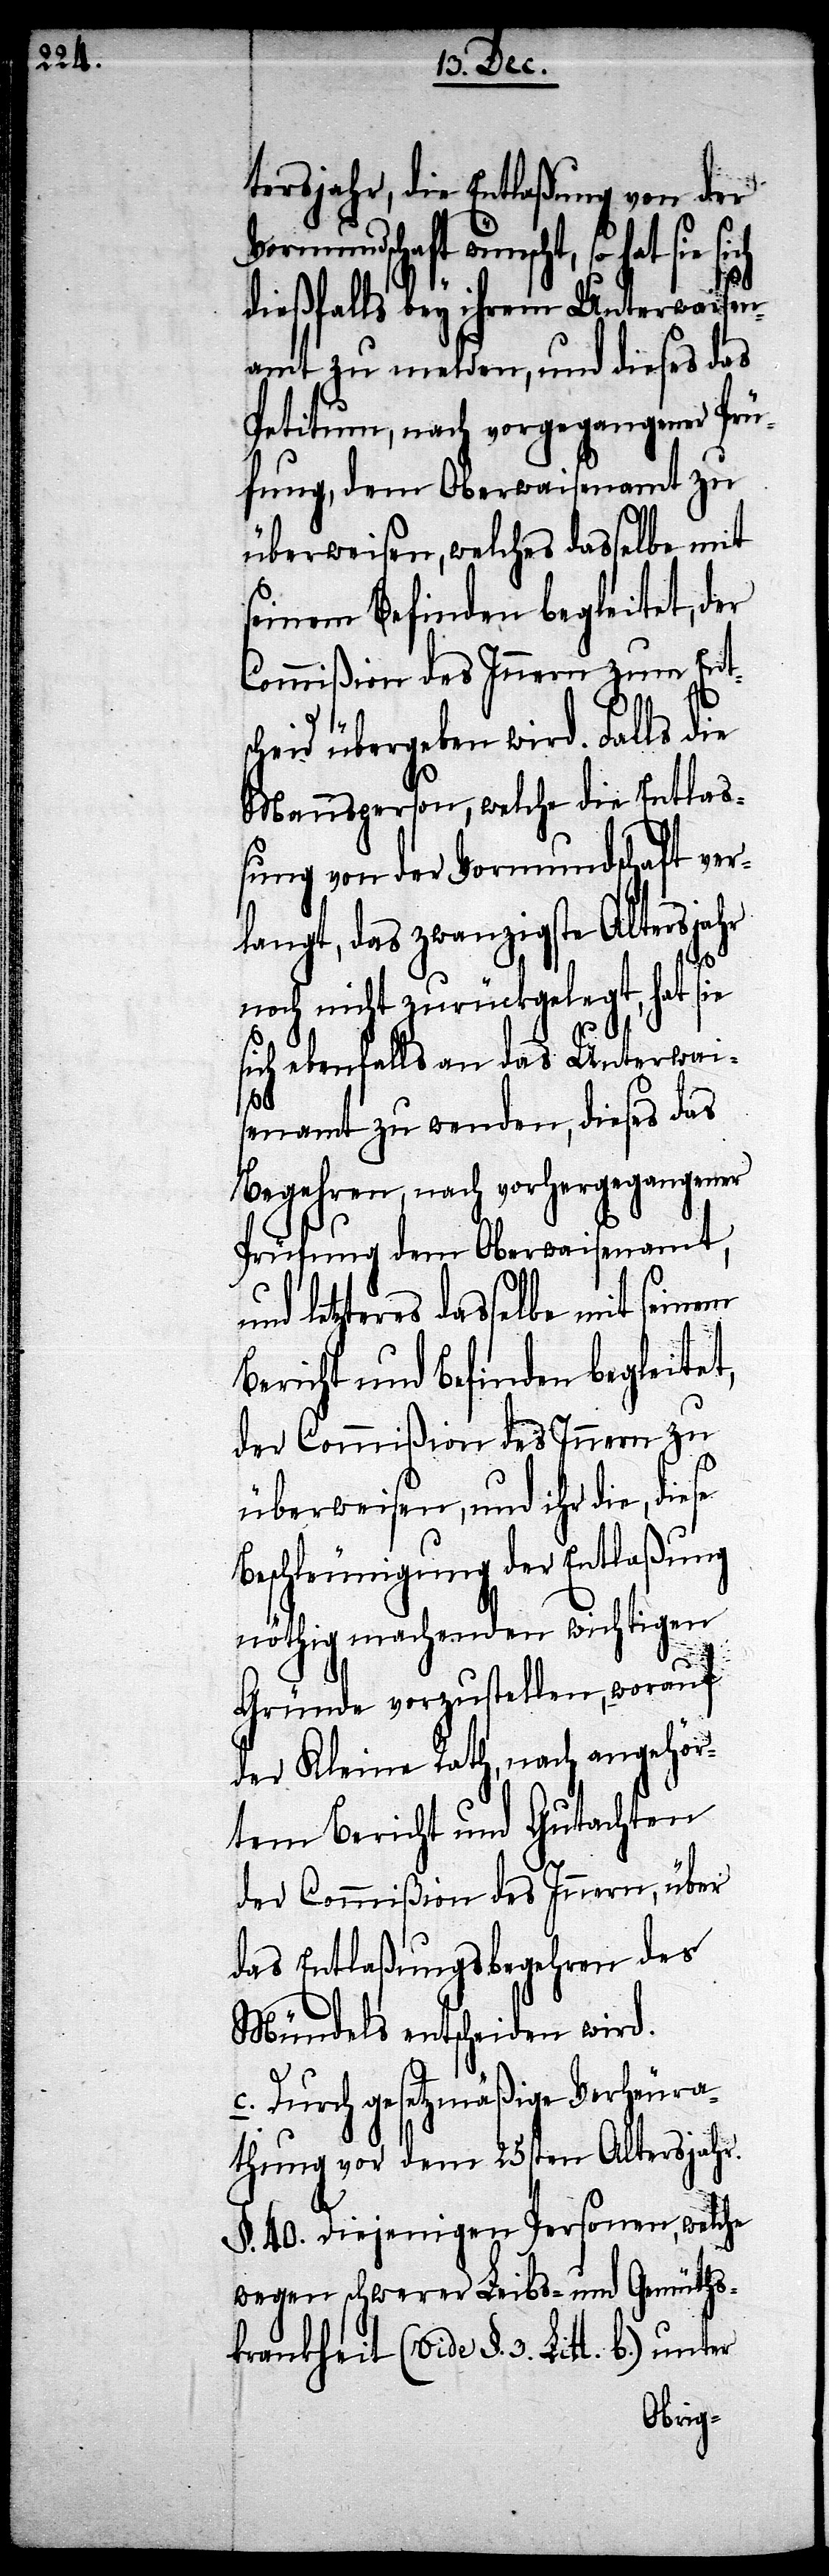
tersjahr, die Entlaßung von der
wünscht, so hat sie sich
dießfalls bey ihrem Unterwaisen¬
amt zu melden, und dieses das
Petitum, nach vorgegangener Prü¬
fung, dem Oberwaisenamt zu
überweisen, welches dasselbe mit
seinem Befinden begleitet, der
Commißion des Innern zum Ents¬
cheid übergeben wird. Falls
Mannsperson, welche die Entla¬
ßung von der Vormundschaft ver¬
langt, das zwanzigste Altersjahr
noch nicht zurückgelegt, hat sie
ich ebenfalls an das Unterwai¬
b.)
senamt zu wenden, dieses das
Begehren, nach vorhergegangener
Prüfung dem Oberwaisenamt,
und letzteres dasselbe mit seinem
Bericht und Befinden begleitet,
der Commißion des Innern zu
überweisen, und ihr die, die¬
Beschleunigung der Entlaßung
nöthig machenden wichtigen
Gründe vorzustellen, worauf
der Kleine Rath, nach angehör¬
tem Bericht und Gutachten
der Commißion des Innern, über
das Entlaßungsbegehren des
Mündels entscheiden wird.
c. Durch gesetzmäßige Verheura¬
thung vor dem 25sten Altersjahr.
§. 40. Diejenigen Personen, welche
wegen schwerer Leibs- und Gemüths¬
krankheit (vide §. 3. Lit¬